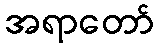
အရာတော်